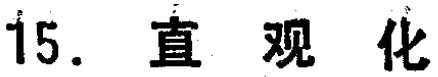
15. 直观化